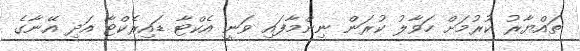
ތައްޔާރު ކުރުމަށް ހަވާލު ކުރަން ނިންމާފައި ވަނީ އެކްޓާ ޑައިރެކްޓާ އަދި އޭނާގެ